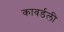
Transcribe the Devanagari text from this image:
कावर्डली